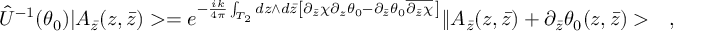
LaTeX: \hat { U } ^ { - 1 } ( \theta _ { 0 } ) | A _ { \bar { z } } ( z , \bar { z } ) > = e ^ { - \frac { i k } { 4 \pi } \int _ { T _ { 2 } } d z \wedge d \bar { z } \left[ \partial _ { \bar { z } } \chi \partial _ { z } \theta _ { 0 } - \partial _ { \bar { z } } \theta _ { 0 } \overline { { { \partial _ { \bar { z } } \chi } } } \, \right] } \| A _ { \bar { z } } ( z , \bar { z } ) + \partial _ { \bar { z } } \theta _ { 0 } ( z , \bar { z } ) > \ \ \ ,